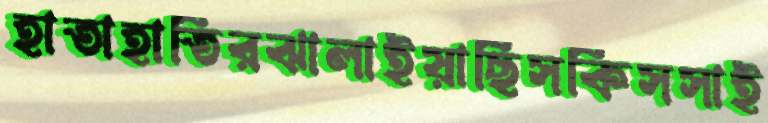
হাতাহাতিরঝালাইয়াছিসকিসসাই